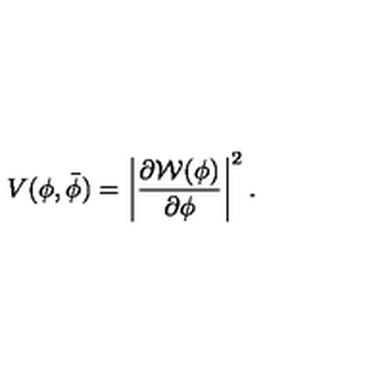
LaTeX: V ( \phi , \bar { \phi } ) = \left| \frac { \partial { \cal W } ( \phi ) } { \partial \phi } \right| ^ { 2 } .